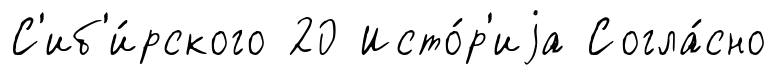
С'иб'и́рского 20 Исто́р'иjа Согла́сно